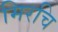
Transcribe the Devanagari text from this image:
मिरचि